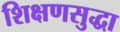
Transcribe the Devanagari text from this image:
शिक्षणसुद्धा